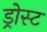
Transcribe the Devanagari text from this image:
ड्रोस्ट